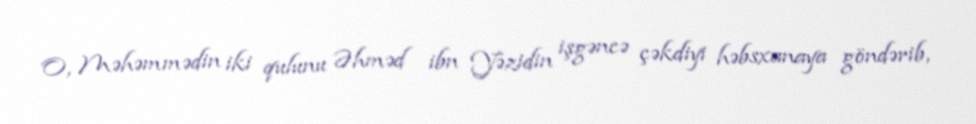
O, Məhəmmədin iki qulunu Əhməd ibn Yəzidin işgəncə çəkdiyi həbsxanaya göndərib,